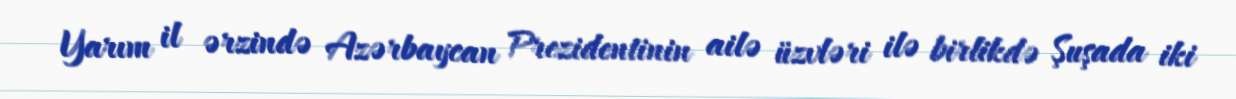
Yarım il ərzində Azərbaycan Prezidentinin ailə üzvləri ilə birlikdə Şuşada iki